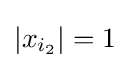
|x_{i_{2}}|=1